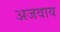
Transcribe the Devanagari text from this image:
अजवाय